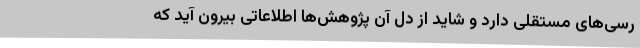
رسی‌های مستقلی دارد و شاید از دل آن پژوهش‌ها اطلاعاتی بیرون آید که